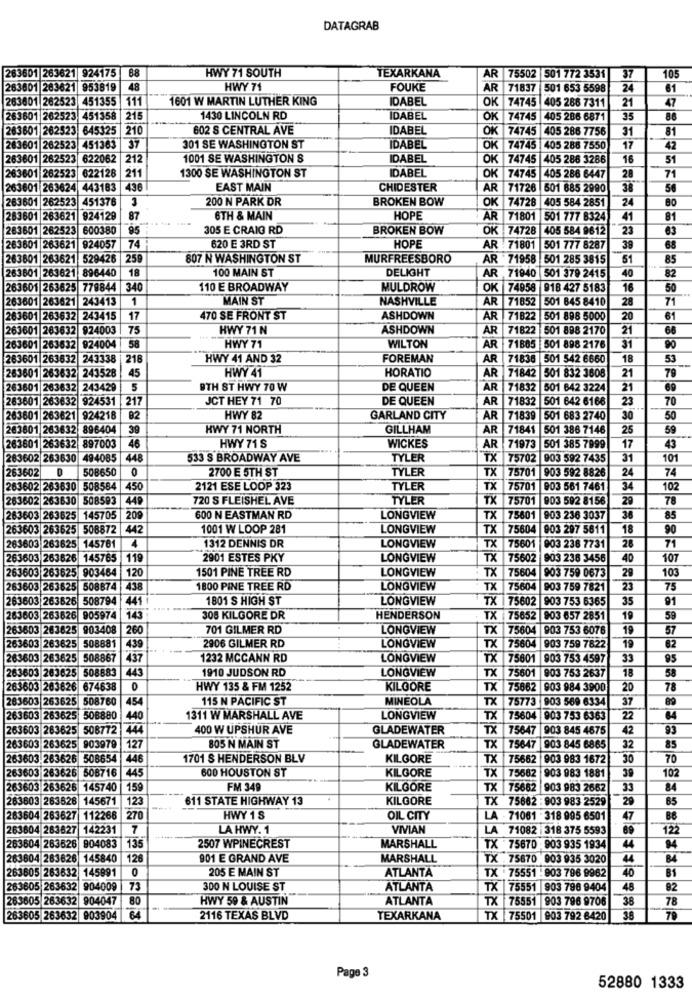
DATAGRAB
283601 263621 924175 88
HWY 71 SOUTH
TEXARKANA
AR 75502 501 772 3531
37
105
263601
283621
953819
48
HWY 71
FOUKE
AR 71837
501 653 5598
24
61
263601 262523 451355
11
1601 W MARTIN LUTHER KING
IDABEL
OK 74745
405 288 7311
47
21
263601 262523 451358|
215
1430 LINCOLN RD
DABEL
OK 74745 405 286 6871
35
86
263601
262523 645325
210
602 S CENTRAL AVE
IDABEL
OK 74745 405 286 7756
31
81
283601
262523 451363
37
301 SE WASHINGTON ST
DABEL
OK 74745
405 288 7550
17
42
263601 262523
622062
212
1001 SE WASHINGTON S
IDABEL
OK 74745
405 286 3286
16
51
211
1300 SE WASHINGTON ST
IDABEL
71
263601 262523
622128
OK 74745 405 286 6447
28
1263
01 263624 443183
EAST MAIN
CHIDESTER
AR 71726 501 685 2990
38
56
263601
262523 451376
200 N PARK DR
BROKEN BOW
OK 74728 405 584 2851
24
80
263601
263621
924129
87
6TH & MAIN
HOPE
AR 71801
501 777 8324
41
81
1 262523
600380
95
305 E CRAIG RD
BROKEN BOW
OK 74728
405 584 9612
23
63
620 E 3RD ST
HOPE
263601
263621
924057
74
AR - 71801
501 777 8287
39
68
263801
263621
529426
259
807 N WASHINGTON ST
MURFREESBORO
AR 71958 501 285 3815
85
283601
263621
896440
18
100 MAIN ST
DELIGHT
AR 71940 501 379 2415
40
82
26362
779844 |340
110 E BROADWAY
MULDROW
OK 74958
918 427 5183
16
50
263601 2
263621 243413
1
MAIN ST
NASHVILLE
AR 71852
501 845 8410
28
71
A3601
263632
243415
17
470 SE FRONT ST
ASHDOWN
AR 71822
501 898 5000
20
61
263601 263632
924003
75
HWY 71 N
ASHDOWN
AR
71822
501 898 2170
21
68
263601 263632
924004
58
HWY 71
WILTON
AR
71885 501 898 2176
31
90
263601
1263632
243338
216
HWY 41 AND 32
FOREMAN
AR
71836 501 542 6660
18
53
263601 263632
243528
45
HWY 41
HORATIO
AR
71842
79
501 832 3608
21
263601 263632
243429
5
BTH ST HWY 70 W
DE QUEEN
AR
71832
501 642 3224
21
69
263601 263632
924531
217
JCT HEY 71 70
DE QUEEN
AR
71832
501 642 6166
23
70
263601 263621
924218
82
HWY 82
GARLAND CITY
AR
71839
501 683 2740
30
50
263801 263632
404
39
HWY 71 NORTH
GILLHAM
AR
71841
501 386 7146
25
59
263601 263632
46
HWY 71 S
WICKES
AR
71973
17
43
897003
501 385 7999
283602 263630
494085
448
533 S BROADWAY AVE
TYLER
TX
75702
903 592 7435
31
101
263602
508650
2700 E 5TH ST
TYLER
TX
75701 903 592 8826
24
74
263602 263630
584
450
2121 ESE LOOP 323
TYLER
TX
75701 903 561 7461
34
102
263602 263630
508593
449
720 S FLEISHEL AVE
TYLER
TX
75701
903 592 8156
29
78
85
263603 263625
145705
209
600 N EASTMAN RD
LONGVIEW
TX
75601
903 236 3037
36
263603 263625
508872
442
1001 W LOOP 281
LONGVIEW
TX
75604
903 297 5611
18
90
263603 263625
1312 DENNIS DR
TX
75601
28
71
145781
LONGVIEW
903 238 7731
263603 263626
145765
119
2901 ESTES PKY
LONGVIEW
TX
75602
903 236 3456
40
107
263603 263625
903464
120
1501 PINE TREE RD
LONGVIEW
TX
75604
903 759 0673
29
103
263603 263625
508874
438
1800 PINE TREE RD
LONGVIEW
TX
7560
903 759 7821
23
75
263603 263626
508794
441
1801 S HIGH ST
LONGVIEW
TX |75602
903 753 6365
35
91
143
263603 263626
905974
308 KILGORE DR
HENDERSON
TX
75652 903 657 2851
19
59
263603 263825
903408
260
701 GILMER RD
LONGVIEW
TX 75604
903 753 6076
19
57
263603 263625
508881
2906 GILMER RD
TX 75604
19
62
439
LONGVIEW
903 759 7822
263603 263625
508867
437
1232 MCCANN RD
LONGVIEW
TX 75601
003 753 4597
33
95
263603 263625
508883
443
1910 JUDSON RD
LONGVIEW
TX 75601
18
58
903 753 2637
263603 203626
674638
HWY 135 & FM 1252
KILOORE
TX 75862
903 984 3900
20
78
263603 263625
508760
454
115 N PACIFIC ST
MINEOLA
TX 75773 903 569 6334
37
89
263603 263625
508880
140
1311 W MARSHALL AVE
LONGVIEW
TX 75604 903 753 6363
22
64
263603 28362
508772
400 W UPSHUR AVE
GLADEWATER
TX
75647
903 845 4675
42
93
127
805 N MAIN ST
85
263603 263625 903979
GLADEWATER
TX 75647
903 845 6865
32
263603.263626 508654
446
1701 S HENDERSON BLV
KILGORE
TX 75662
903 983 1672
30
70
263603 263626 508716
445
600 HOUSTON ST
KILGORE
39
102
TX 75682
903 983 1881
263603 26362
145740
159
FM 349
KILGORE
TX 75662
903 983 2662
33
84
263603 263626
145671
123
611 STATE HIGHWAY 13
KILGORE
TX 75662 : 903 983 2529
29
65
263604 263627
112266
270
HWY 18
OIL CITY
LA - 71061 - 318 995 6501
47
263604 263627
142231
7
LA HWY. 1
VIVIAN
LA 71082 318 375 5593
122
263604 263626
904083
135
MARSHALL
2507 WPINECREST
TX 75670 . 903 935 1934
4
263604 263826
145840
126
901 E GRAND AVE
MARSHALL
TX . 75670
903 935 3020
44
BA
263605 263832
145991
205 E MAIN ST
ATLANTA
TX : 75551 - 903 796 9962
40
81
263605 263632
904009
73
300 N LOUISE ST
ATLANTA
TX 75551
903 798 9404
48
82
263605 263632
904047
80
HWY 59 & AUSTIN
ATLANTA
TX 75551 903 796 9706
38
78
263605 263632 903904
64
2116 TEXAS BLVD
TEXARKANA
TX 75501 903 792 6420
38
79
Page 3
52880 1333